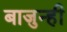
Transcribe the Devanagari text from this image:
बाजुन्ही